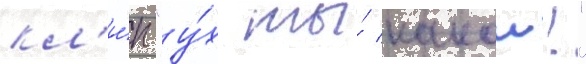
кл'и́п "у́х ты́ какои!"